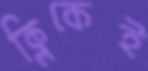
ক্লিকেই